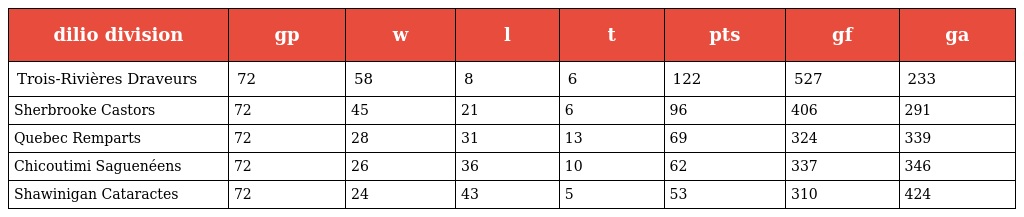
| dilio division | gp | w | l | t | pts | gf | ga |
 | --- | --- | --- | --- | --- | --- | --- | --- |
 | Trois-Rivières Draveurs | 72 | 58 | 8 | 6 | 122 | 527 | 233 |
 | Sherbrooke Castors | 72 | 45 | 21 | 6 | 96 | 406 | 291 |
 | Quebec Remparts | 72 | 28 | 31 | 13 | 69 | 324 | 339 |
 | Chicoutimi Saguenéens | 72 | 26 | 36 | 10 | 62 | 337 | 346 |
 | Shawinigan Cataractes | 72 | 24 | 43 | 5 | 53 | 310 | 424 |